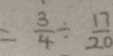
= \frac { 3 } { 4 } \div \frac { 1 7 } { 2 0 }